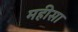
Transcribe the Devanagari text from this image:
महीसा